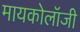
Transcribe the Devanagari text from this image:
मायकोलॉजी